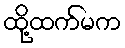
ထို့ထက်မက